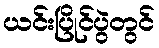
ယင်းပြိုင်ပွဲတွင်